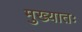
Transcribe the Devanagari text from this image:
मुख्यातः